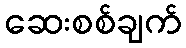
ဆေးစစ်ချက်